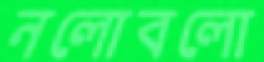
নলোবলো